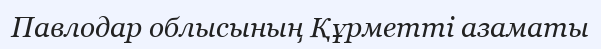
Павлодар облысының Құрметті азаматы